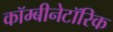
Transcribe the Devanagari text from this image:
कॉम्बीनेटॉरिक